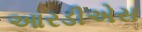
આરડીએસ